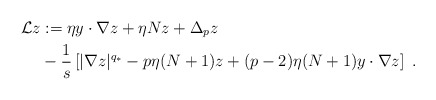
\begin{align*}\mathcal{L}z & := \eta y\cdot\nabla z + \eta Nz + \Delta_p z \\& -\frac{1}{s}\left[|\nabla z|^{q_*}-p\eta(N+1)z+(p-2)\eta(N+1)y\cdot\nabla z\right]\ .\end{align*}